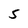
Character: 5